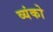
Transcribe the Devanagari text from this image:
व्यंको